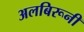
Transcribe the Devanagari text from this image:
अलबिरूनी